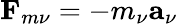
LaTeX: \mathbf{F}_{m\nu}=-m_{\nu}\mathbf{a}_{\nu}